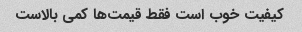
کیفیت خوب است فقط قیمت‌ها کمی بالاست